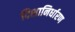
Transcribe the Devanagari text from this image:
दिशानिर्धारण